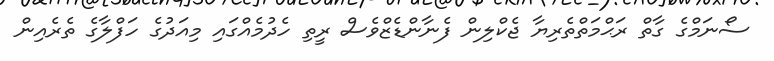
ސޯނަމްގެ ގާތް ރަޙްމަތްތެރިޔާ ޖެކްލިން ފެނާންޑެޒްވެސް ރީތި ހެދުމެއްގައި މިއަދުގެ ހަފްލާގެ ތެރެއިން